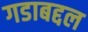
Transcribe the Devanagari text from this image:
गडाबद्दल